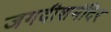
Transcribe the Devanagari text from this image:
जगदीशमंदिर